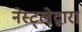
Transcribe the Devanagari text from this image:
नेस्ट्लेद्वारा